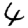
Digit: 4